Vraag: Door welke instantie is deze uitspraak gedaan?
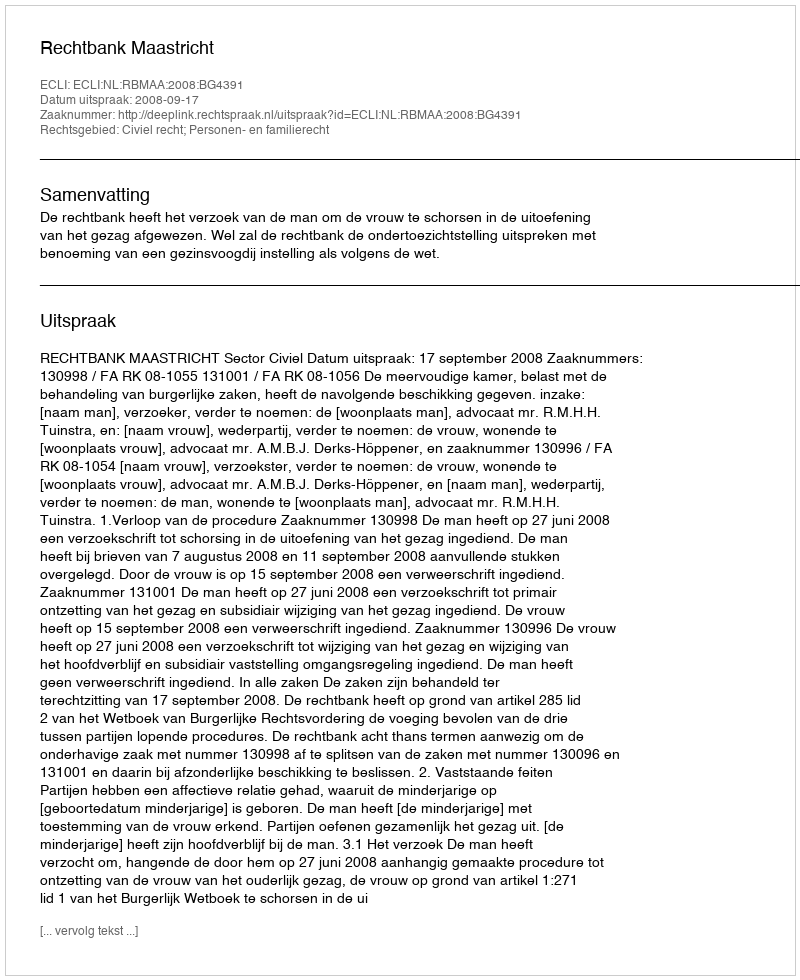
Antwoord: Rechtbank Maastricht